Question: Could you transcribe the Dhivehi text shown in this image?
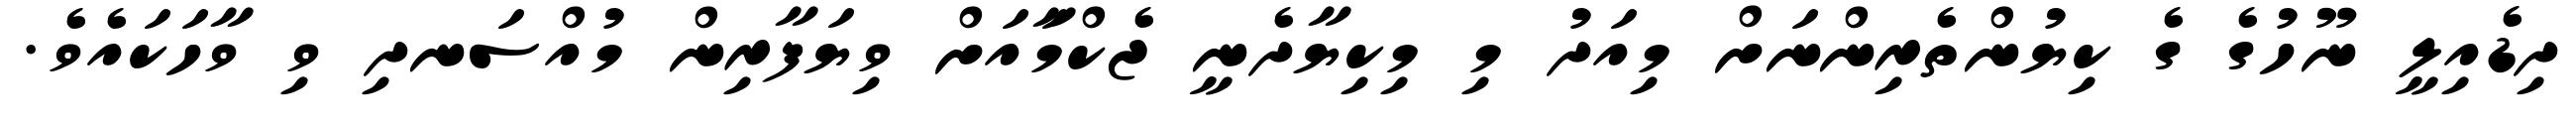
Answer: ދިޑެއިލީ ނޫހުގެ ގެ ކިޔުންތެރިންނަށް މިއަދު މި މިކިޔާދެނީ ޖެކްމާައަށް ވިޔަފާރިން މުއްސަނދި ވި ވާހަކައެވެ.